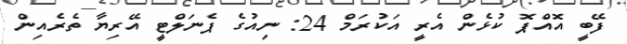
ފޭބީ އޮއްޕޮ ކުޅެން އެރީ އަކުރަމް 24: ނިއުގެ ޕެނަލްޓީ އޭރިޔާ ތެރެއިން